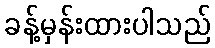
ခန့်မှန်းထားပါသည်